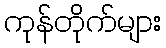
ကုန်တိုက်များ